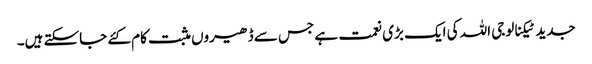
جدید ٹیکنالوجی اللہ کی ایک بڑی نعمت ہے جس سے ڈھیروں مثبت کام کئے جاسکتے ہیں۔